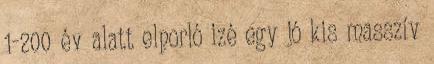
1-200 év alatt elporló izé egy jó kis masszív